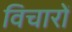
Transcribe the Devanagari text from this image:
विचारोें